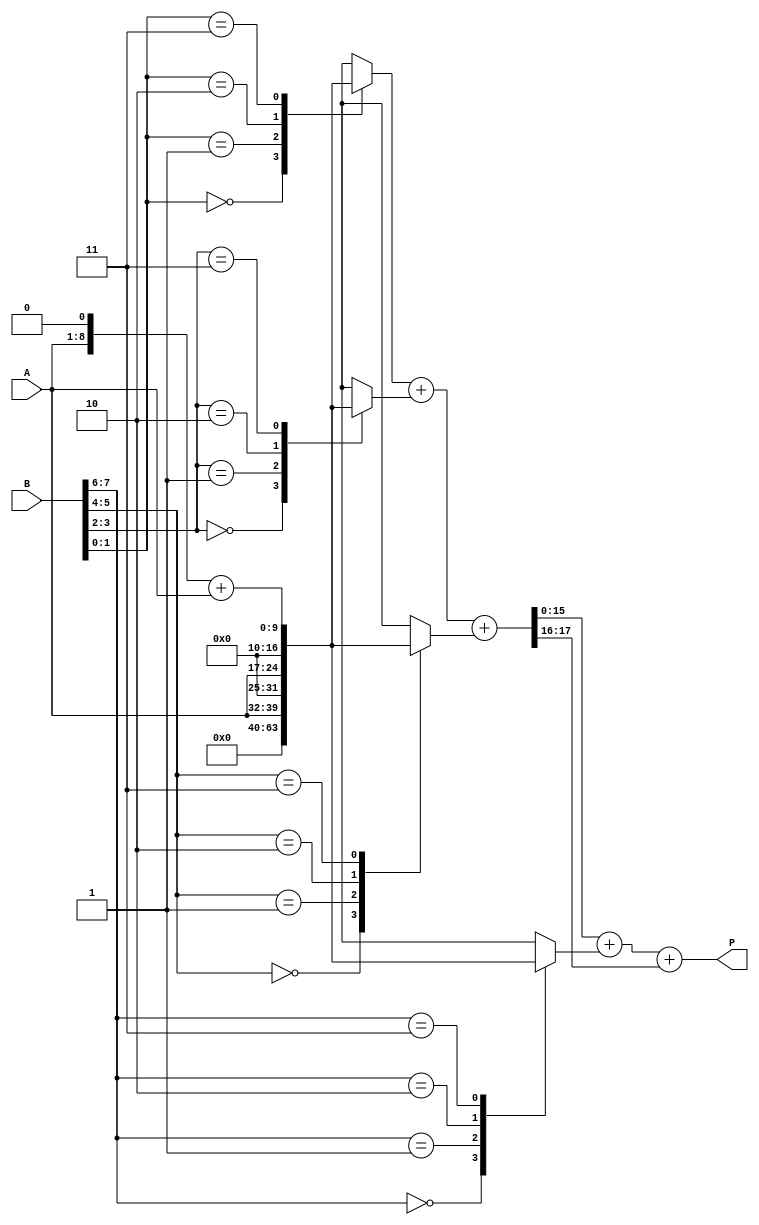
module radix4_wallace_tree_multiplier #(parameter n = 8) (
    input [n-1:0] A,    // Multiplicand
    input [n-1:0] B,    // Multiplier
    output reg [2*n-1:0] P // Product
);

// Intermediate signals for partial products
reg [2*n-1:0] pp [0:3]; // Partial products
wire [2*n-1:0] sum1, sum2; // Sum wires for reduction
wire [2*n-1:0] carry1, carry2;

// Generate partial products
always @(*) begin
    case ({B[1:0]})
        2'b00: pp[0] = 0;
        2'b01: pp[0] = A;
        2'b10: pp[0] = {A, 1'b0}; // A << 1
        2'b11: pp[0] = {A, 1'b0} + A; // A << 1 + A
    endcase
    
    case ({B[3:2]})
        2'b00: pp[1] = 0;
        2'b01: pp[1] = A;
        2'b10: pp[1] = {A, 1'b0}; // A << 1
        2'b11: pp[1] = {A, 1'b0} + A; // A << 1 + A
    endcase

    case ({B[5:4]})
        2'b00: pp[2] = 0;
        2'b01: pp[2] = A;
        2'b10: pp[2] = {A, 1'b0}; // A << 1
        2'b11: pp[2] = {A, 1'b0} + A; // A << 1 + A
    endcase

    case ({B[7:6]})
        2'b00: pp[3] = 0;
        2'b01: pp[3] = A;
        2'b10: pp[3] = {A, 1'b0}; // A << 1
        2'b11: pp[3] = {A, 1'b0} + A; // A << 1 + A
    endcase
end

// Reduction Stage 1: Combine Partial Products
// First sum three at a time
wire [2*n-1:0] s1, c1, s2, c2;

// Full adder for first three partial products
assign {c1, s1} = pp[0] + pp[1] + pp[2];
assign {c2, s2} = s1 + pp[3];

// Reduction Stage 2: Final Addition (using carry)
always @(*) begin
    P = s2 + c1; // Final sum
end

endmodule